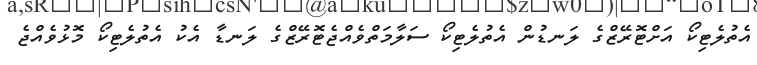
އެތުލެޓިކޯ އަށްޓޮރޭޒްގެ ލަނޑުން އެތުލެޓިކޯ ސަލާމަތްވެއްޖެޓޮރޭޒްގެ ލަނޑާ އެކު އެތުލެޓިކޯ މޮޅުވެއްޖެ